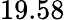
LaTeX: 19.58